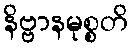
နိဗ္ဗာနမုစ္စတိ